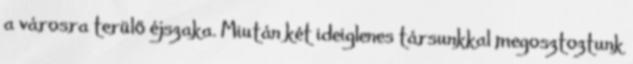
a városra terülő éjszaka. Miután két ideiglenes társunkkal megosztoztunk